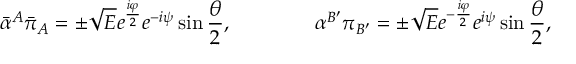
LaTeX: { \bar { \alpha } } ^ { A } { \bar { \pi } } _ { A } = \pm { \sqrt E } e ^ { { \frac { i \varphi } { 2 } } } e ^ { - i \psi } \sin { \frac { \theta } { 2 } } , \qquad \qquad \alpha ^ { B ^ { \prime } } \pi _ { B ^ { \prime } } = \pm { \sqrt E } e ^ { - { \frac { i \varphi } { 2 } } } e ^ { i \psi } \sin { \frac { \theta } { 2 } } ,